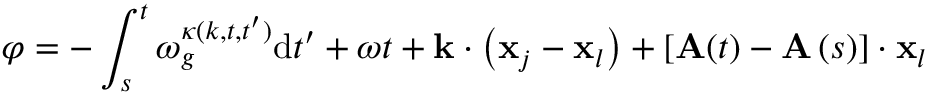
\varphi = - \int _ { s } ^ { t } \omega _ { g } ^ { \kappa ( k , t , t ^ { \prime } ) } \mathrm { d } t ^ { \prime } + \omega t + \mathbf { k } \cdot \left( \mathbf { x } _ { j } - \mathbf { x } _ { l } \right) + \left[ \mathbf { A } ( t ) - \mathbf { A } \left( s \right) \right] \cdot \mathbf { x } _ { l }